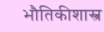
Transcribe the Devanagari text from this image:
भौतिकीशास्त्र